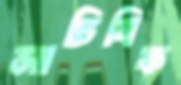
সাচিবিক